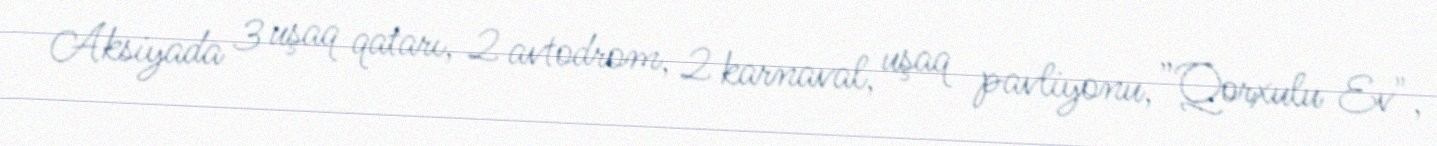
Aksiyada 3 uşaq qatarı, 2 avtodrom, 2 karnaval, uşaq pavliyonu, ”Qorxulu Ev",